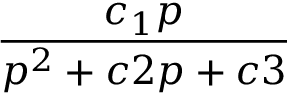
\frac { c _ { 1 } p } { p ^ { 2 } + c 2 p + c 3 }